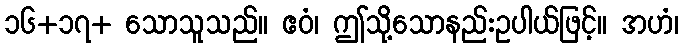
၁၆+၁၇+ သောသူသည်။ ဧဝံ၊ ဤသို့သောနည်းဥပါယ်ဖြင့်။ အဟံ၊